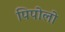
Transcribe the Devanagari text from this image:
पिपोलो